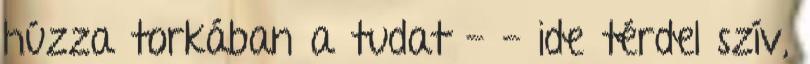
húzza torkában a tudat - - ide térdel szív,